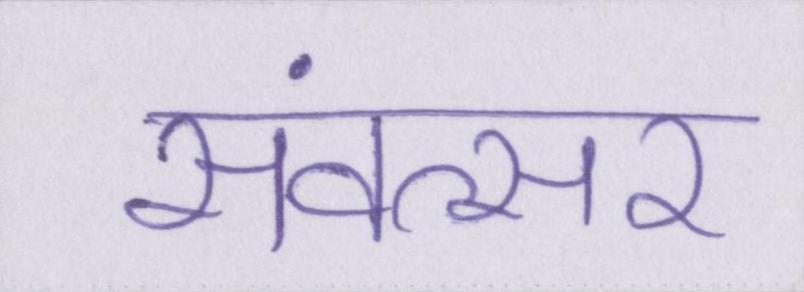
संवत्सर